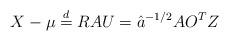
LaTeX: \begin{align*}X-\mu \stackrel{d}{=} RAU= \hat a^{-1/2} A O^TZ\end{align*}